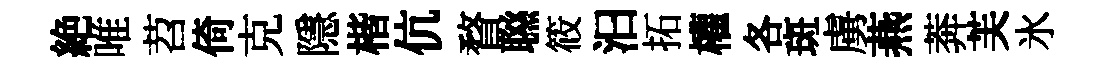
絶唯苕倚克隱楷伉瞀聮筱汩拓權各斑虜燕莾芙氷